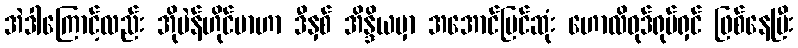
အဲဒါကြောင့်လည်း အိုပဲန်ဟိုင်မာဟာ ဒီနှစ် အိန္ဒိယမှာ အအောင်မြင်ဆုံး ဟောလိဝုဒ်ရုပ်ရှင် ဖြစ်နေပြီး